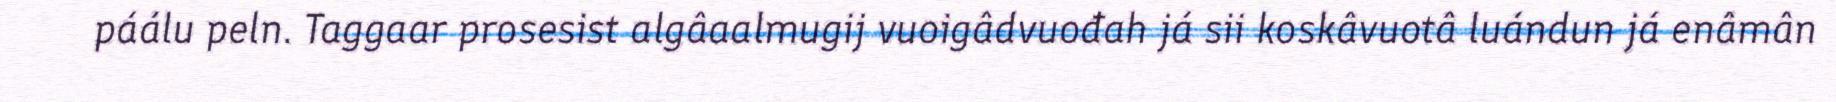
páálu peln. Taggaar prosesist algâaalmugij vuoigâdvuođah já sii koskâvuotâ luándun já enâmân